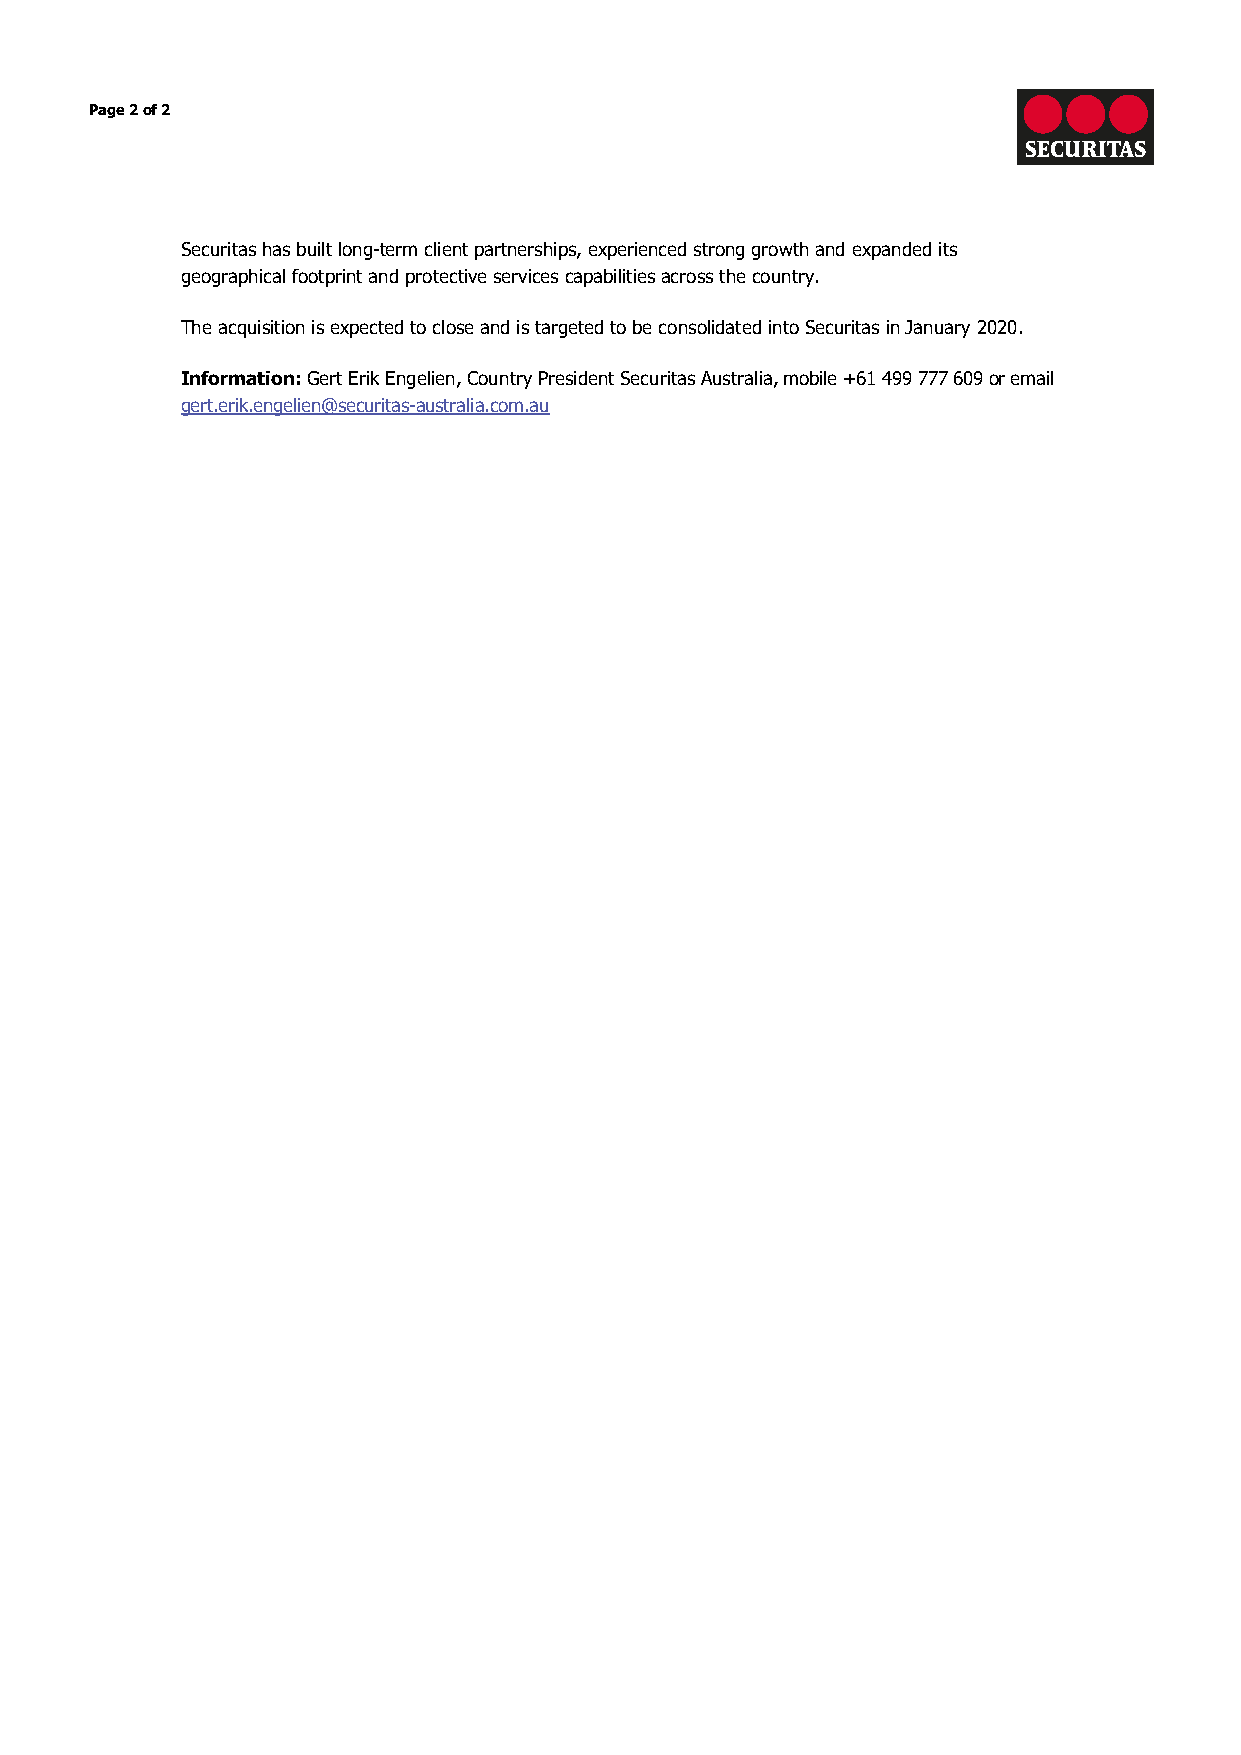
Page 2 of 2
 Securitas has built long-term client partnerships, experienced strong growth and expanded its
 geographical footprint and protective services capabilities across the country.
 The acquisition is expected to close and is targeted to be consolidated into Securitas in January 2020.
 Information: Gert Erik Engelien, Country President Securitas Australia, mobile +61 499 777 609 or email
 gert.erik.engelien@securitas-australia.com.au